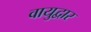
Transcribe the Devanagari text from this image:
वायुद्वार